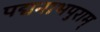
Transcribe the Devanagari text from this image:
पद्मनाभपुराम्